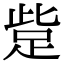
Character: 𧿿